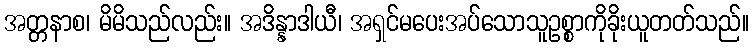
အတ္တနာစ၊ မိမိသည်လည်း။ အဒိန္နာဒါယီ၊ အရှင်မပေးအပ်သောသူဥစ္စာကိုခိုးယူတတ်သည်။